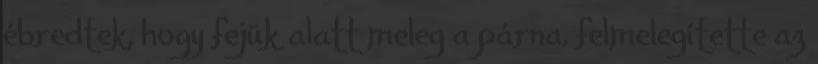
ébredtek, hogy fejük alatt meleg a párna, felmelegítette az